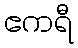
ဧကရီ